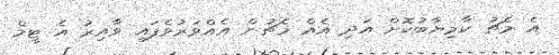
އެ މެޗު ކާމިޔާބުކޮށް އަދި އެއް މެޗުން އެއްވަރުވެފައި ވާއިރު އެ ޓީމް